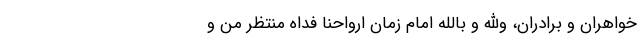
خواهران و برادران، والله و بالله امام زمان ارواحنا فداه منتظر من و